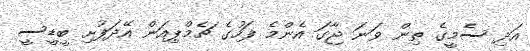
އަދި ސެމީގެ ތިން ވަނަ ޖާގަ އެންމެ ފަހުގެ ޗެމްޕިއަން އޭދަފުށި ބީޑީސީ